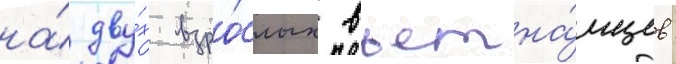
на́ дву́х взро́слых вьетна́мцев: